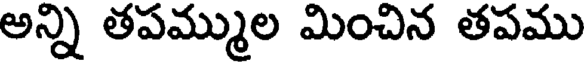
అన్ని తపమ్ముల మించిన తపము